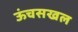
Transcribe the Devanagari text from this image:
ऊंचसखल